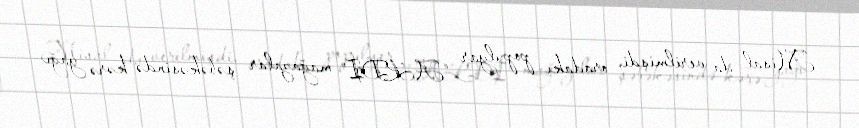
Misal da verilmişdi, oradakı populyar “ALDİ” mağazalar şəbəkəsində kərə yağı